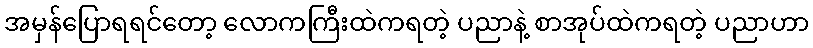
အမှန်ပြောရရင်တော့ လောကကြီးထဲကရတဲ့ ပညာနဲ့ စာအုပ်ထဲကရတဲ့ ပညာဟာ